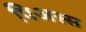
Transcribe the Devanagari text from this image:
पिअस्स